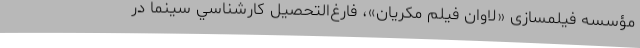
مؤسسه فیلمسازی «لاوان فیلم مکریان»، فارغ‌التحصيل كارشناسي سينما در